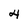
Character: 4